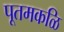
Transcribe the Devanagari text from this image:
पूतमकळि